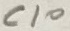
Text: C10